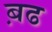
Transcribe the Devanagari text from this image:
ब़ढ